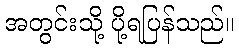
အတွင်းသို့ ပို့ရပြန်သည်။